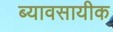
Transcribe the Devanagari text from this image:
ब्यावसायीक